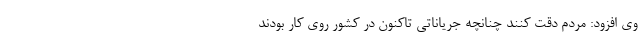
وی افزود: مردم دقت کنند چنانچه جریاناتی تاکنون در کشور روی کار بودند